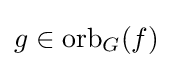
g\in {\mbox{orb}}_{G}(f)